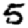
Digit: 5